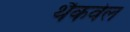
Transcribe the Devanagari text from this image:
थैकवेल